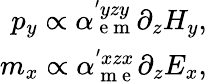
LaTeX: \begin{array}{r}{p_{y}\propto\alpha_{\mathrm{~e~m~}}^{'yzy}\partial_{z}H_{y},}\\ {m_{x}\propto\alpha_{\mathrm{~m~e~}}^{'xzx}\partial_{z}E_{x},}\end{array}